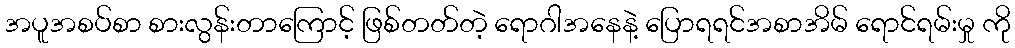
အပူအစပ်စာ စားလွန်းတာကြောင့် ဖြစ်တတ်တဲ့ ရောဂါအနေနဲ့ ပြောရရင်အစာအိမ် ရောင်ရမ်းမှု ကို